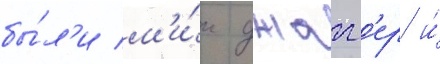
бы́л'и м'и́к джагг'ер и́